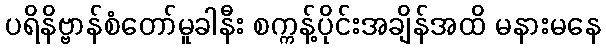
ပရိနိဗ္ဗာန်စံတော်မူခါနီး စက္ကန့်ပိုင်းအချိန်အထိ မနားမနေ